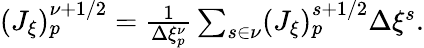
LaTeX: \begin{array}{r}{(J_{\xi})_{p}^{\nu+1/2}=\frac{1}{\Delta\xi_{p}^{\nu}}\sum_{s\in\nu}(J_{\xi})_{p}^{s+1/2}\Delta\xi^{s}.}\end{array}